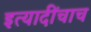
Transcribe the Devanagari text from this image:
इत्यादींचाच